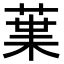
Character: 𮏩